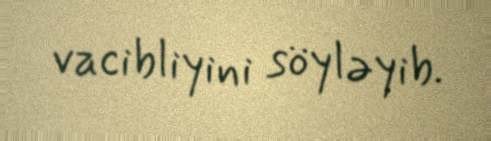
vacibliyini söyləyib.